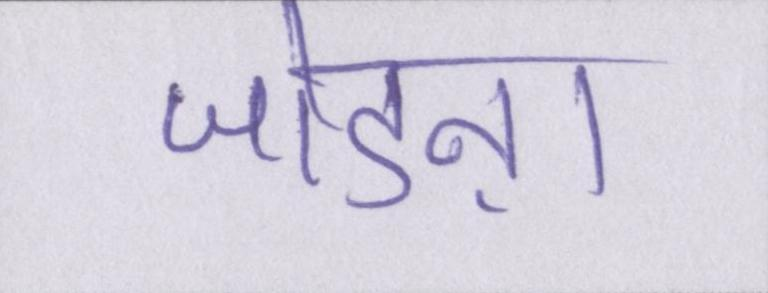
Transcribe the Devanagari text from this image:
जोडऩा